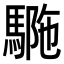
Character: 𩣾